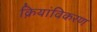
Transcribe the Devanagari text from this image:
क्रियांविकरण